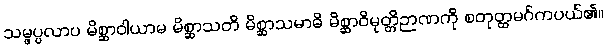
သမ္ဖပ္ပလာပ မိစ္ဆာဝါယာမ မိစ္ဆာသတိ မိစ္ဆာသမာဓိ မိစ္ဆာဝိမုတ္တိဉာဏကို စတုတ္ထမဂ်ကပယ်၏။